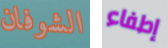
الشوفان إطفاء